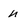
Character: n